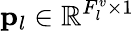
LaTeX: {\mathbf p}_{l}\in\mathbb{R}^{F_{l}^{v}\times 1}